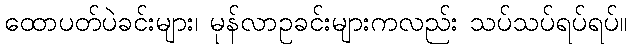
ထောပတ်ပဲခင်းများ၊ မုန်လာဥခင်းများကလည်း သပ်သပ်ရပ်ရပ်။